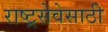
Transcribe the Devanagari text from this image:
राष्ट्रसेवेसाठी